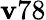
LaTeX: \mathbf{v}78